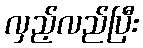
လှည့်လည်ပြီး